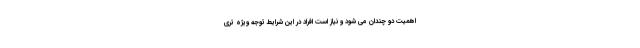
اهمیت دو چندان می شود و نیاز است افراد در این شرایط توجه ویژه تری